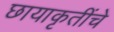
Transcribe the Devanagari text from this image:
छायाकृतींचे